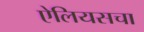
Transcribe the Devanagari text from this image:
ऐलियसचा